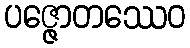
ပဇ္ဇောတဿေဝ